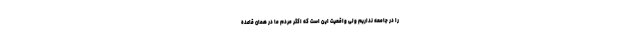
را در جامعه نداریم ولی واقعیت این است که اکثر مردم ما در همان قاعده